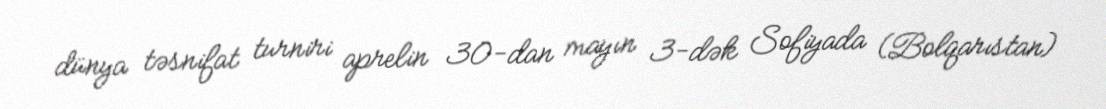
dünya təsnifat turniri aprelin 30-dan mayın 3-dək Sofiyada (Bolqarıstan)